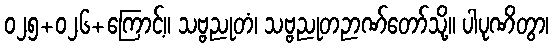
၀၂၅+၀၂၆+ကြောင့်။ သဗ္ဗညုတံ၊ သဗ္ဗညုတဉာဏ်တော်သို့။ ပါပုဏိတွာ၊